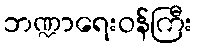
ဘဏ္ဍာရေးဝန်ကြီး